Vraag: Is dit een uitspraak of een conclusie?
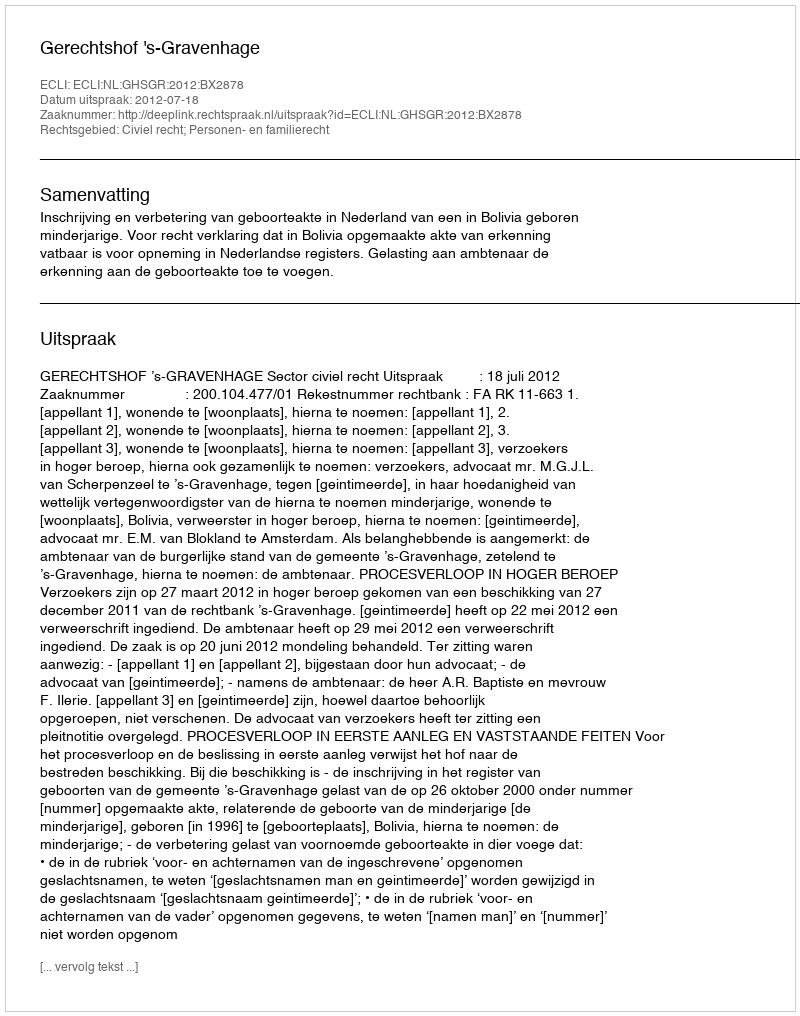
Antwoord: Uitspraak